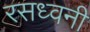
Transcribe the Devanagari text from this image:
रसध्वनी